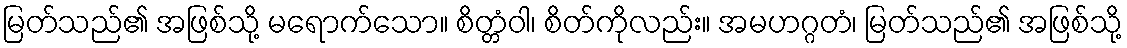
မြတ်သည်၏ အဖြစ်သို့ မရောက်သော။ စိတ္တံဝါ၊ စိတ်ကိုလည်း။ အမဟဂ္ဂတံ၊ မြတ်သည်၏ အဖြစ်သို့